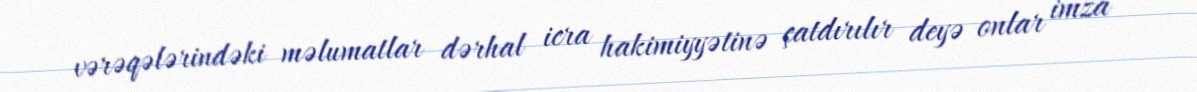
vərəqələrindəki məlumatlar dərhal icra hakimiyyətinə çatdırılır deyə onlar imza